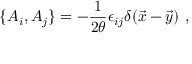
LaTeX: \{ A _ { i } , A _ { j } \} = - { \frac { 1 } { 2 \theta } } \epsilon _ { i j } \delta ( \vec { x } - \vec { y } ) ~ ,